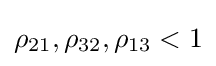
\rho _{21},\rho _{32},\rho _{13}<1